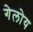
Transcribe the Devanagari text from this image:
गेलोय